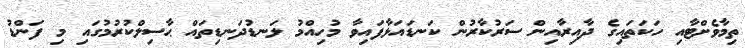
ތިމާވެށްޓާއި ހަކަތައިގެ ދާއިރާއިން ސަރުކާރުން ކަނޑައަޅާފައިވާ މުހިއްމު ލަނޑުދަނޑިތައް ޙާސިލްކުރުމުގައި މި ފަންޑު